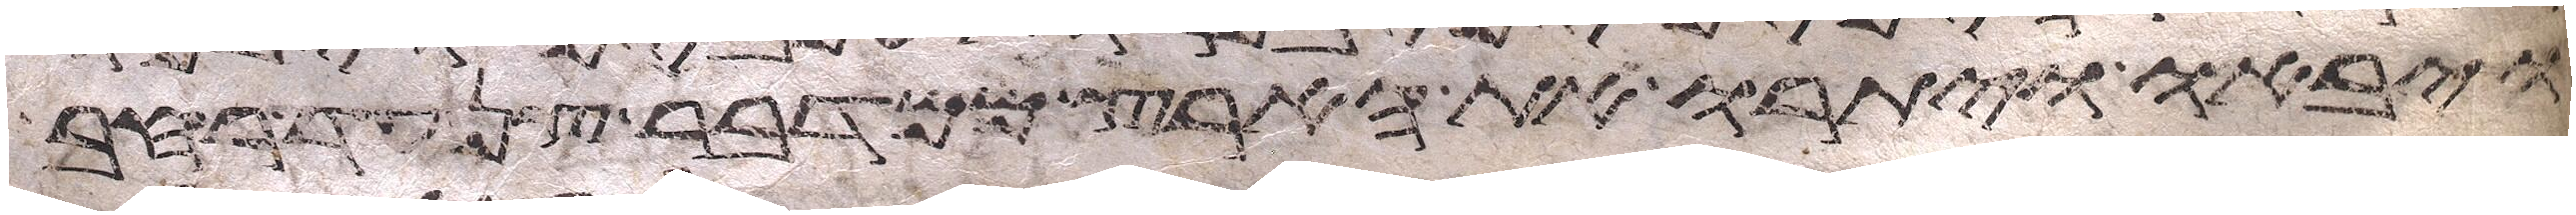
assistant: ויבאו ויתורו את הארץ ממדבר צן עד רחב